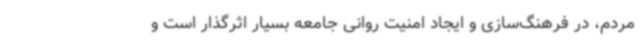
مردم، در فرهنگ‌سازی و ایجاد امنیت روانی جامعه بسیار اثرگذار است و